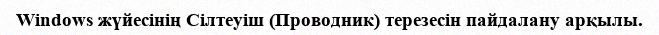
Windows жүйесінің Сілтеуіш (Проводник) терезесін пайдалану арқылы.